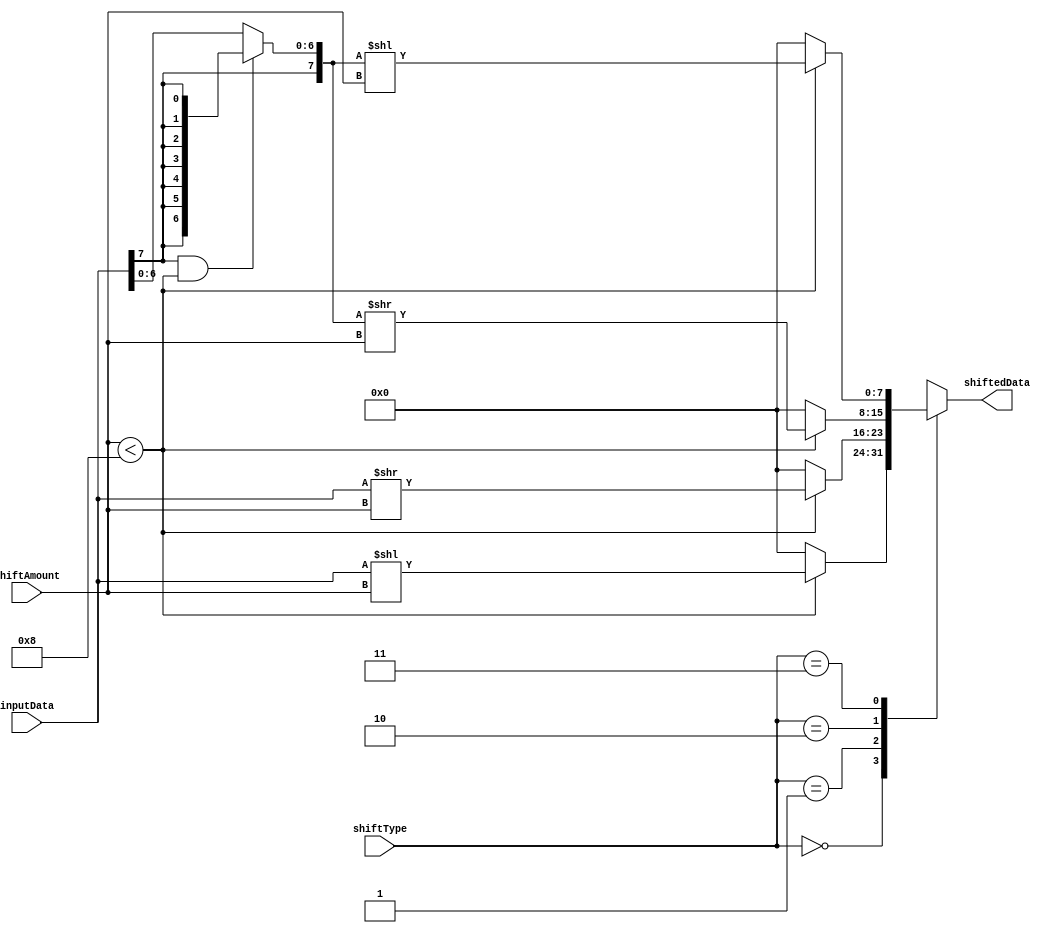
module SparseBarrelShifter (
    input [7:0] inputData,
    input [3:0] shiftAmount,
    input [1:0] shiftType, // 0: logical left shift, 1: logical right shift, 2: arithmetic left shift, 3: arithmetic right shift
    output reg [7:0] shiftedData
);

always @(*) begin
    case(shiftType)
        0: shiftedData = (shiftAmount < 8) ? (inputData << shiftAmount) : 8'b0; // logical left shift
        1: shiftedData = (shiftAmount < 8) ? (inputData >> shiftAmount) : 8'b0; // logical right shift
        2: shiftedData = (shiftAmount < 8) ? ((inputData[7] & (shiftAmount < 8)) ? {8{inputData[7]}} : inputData) >> shiftAmount : 8'b0; // arithmetic left shift
        3: shiftedData = (shiftAmount < 8) ? ((inputData[7] & (shiftAmount < 8)) ? {8{inputData[7]}} : inputData) << shiftAmount : 8'b0; // arithmetic right shift
        default: shiftedData = 8'b0;
    endcase
end

endmodule